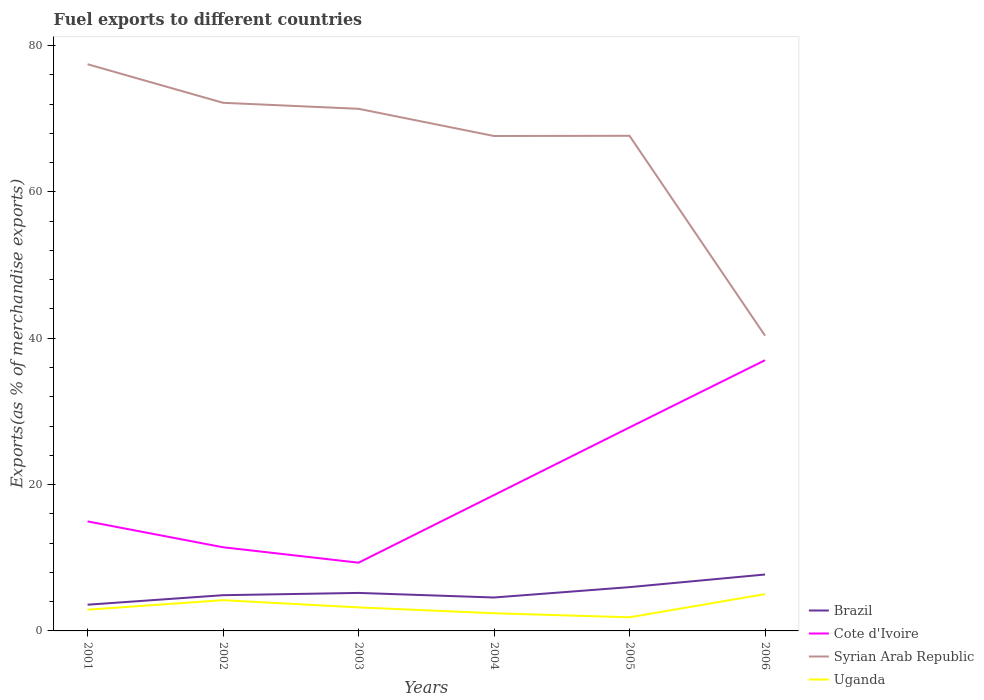
| Years | Brazil | Cote d'Ivoire | Syrian Arab Republic | Uganda |
 | --- | --- | --- | --- | --- |
 | 2001 | 3.58 | 15 | 77.4 | 2.9 |
 | 2002 | 4.88 | 11.4 | 72.2 | 4.2 |
 | 2003 | 5.19 | 9.33 | 71.3 | 3.21 |
 | 2004 | 4.57 | 18.6 | 67.6 | 2.42 |
 | 2005 | 5.98 | 27.8 | 67.7 | 1.86 |
 | 2006 | 7.71 | 37 | 40.4 | 5.03 |